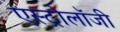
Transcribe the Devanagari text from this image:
एस्‍ट्रोलॉजी